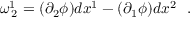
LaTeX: \omega _ { \: 2 } ^ { 1 } = ( \partial _ { 2 } \phi ) d x ^ { 1 } - ( \partial _ { 1 } \phi ) d x ^ { 2 } ~ ~ .